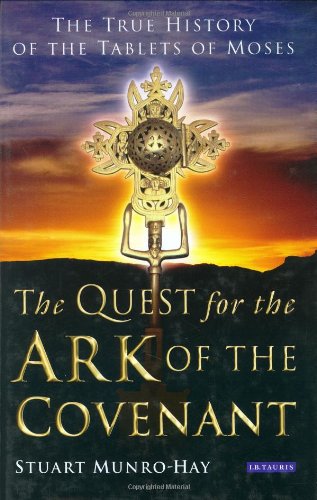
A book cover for The Quest for the Ark of the Covenant: The True History of the Tablets of Moses; Stuart Munro-Hay; History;